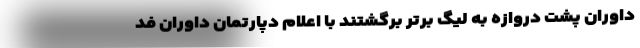
داوران پشت دروازه به لیگ برتر برگشتند با اعلام دپارتمان داوران فد